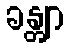
ခန္တျာ